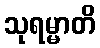
သုရမ္မာတိ